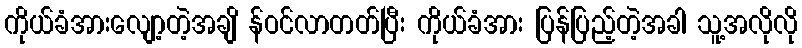
ကိုယ်ခံအားလျော့တဲ့အချိ န်ဝင်လာတတ်ပြီး ကိုယ်ခံအား ပြန်ပြည့်တဲ့အခါ သူ့အလိုလို